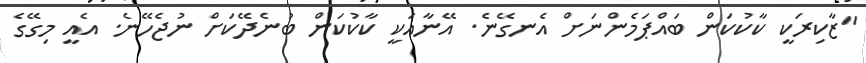
"ޒާކިރަކީ ކާކުކަން ބައްޕަމެންނަށް އެނގޭނެ. އޭނާއަކީ ކާކުކަން ބުނެދޭކަށް ނުޖެހޭނެ. އެއީ މިގޭގެ